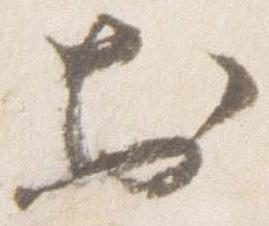
於